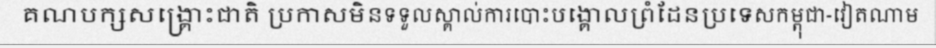
គណបក្សសង្គ្រោះជាតិ ប្រកាសមិនទទួលស្គាល់ការបោះបង្គោលព្រំដែនប្រទេសកម្ពុជា-វៀតណាម